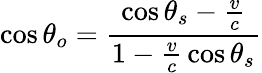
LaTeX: \cos\theta_{o}={\frac{\cos\theta_{s}-{\frac{v}{c}}}{1-{\frac{v}{c}}\cos\theta_{s}}}